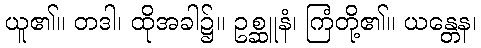
ယူ၏။ တဒါ၊ ထိုအခါ၌။ ဥစ္ဆူနံ၊ ကြံတို့၏။ ယန္တေန၊